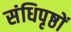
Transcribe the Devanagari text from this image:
संधिपृष्ठों